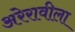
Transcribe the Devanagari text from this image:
अरेरावीला